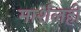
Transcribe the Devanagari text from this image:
मार्शलही